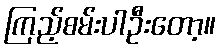
ကြည့်စမ်းပါဦးတော့။